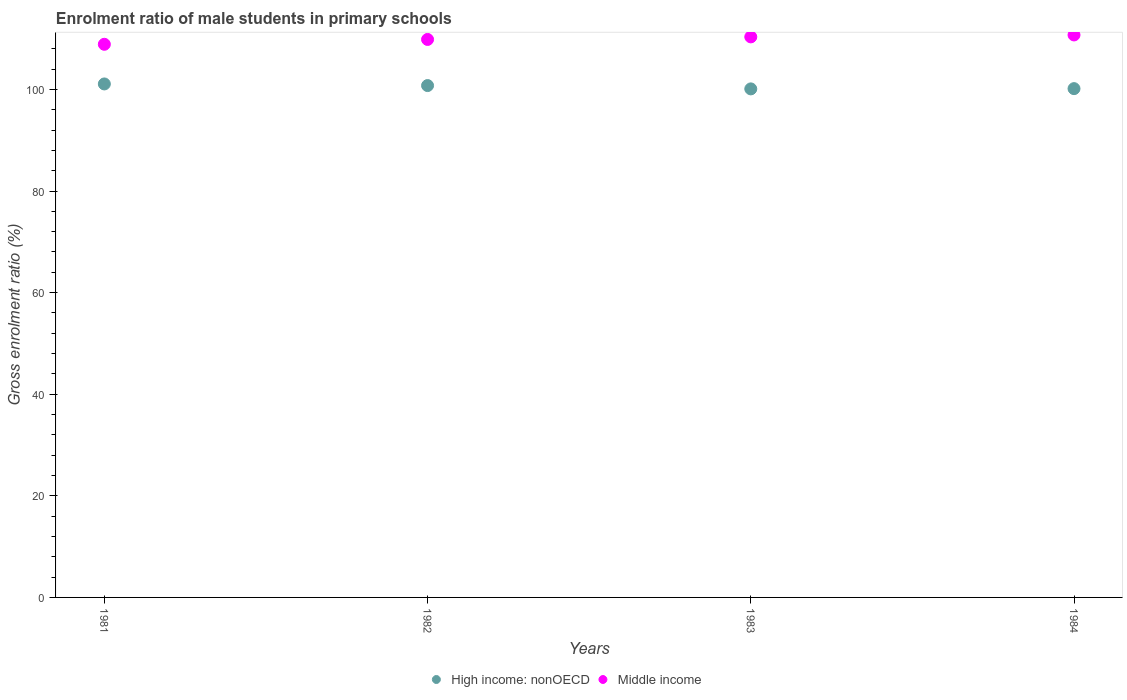
| Years | High income: nonOECD | Middle income |
 | --- | --- | --- |
 | 1981 | 101 | 109 |
 | 1982 | 101 | 110 |
 | 1983 | 100 | 110 |
 | 1984 | 100 | 111 |